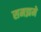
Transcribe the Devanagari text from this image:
समझमे